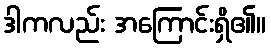
ဒါကလည်း အကြောင်းရှိ၏။